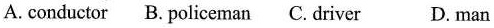
A. conductor B. Policeman C. driver D. man